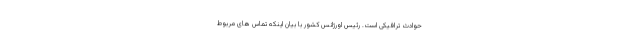
حوادث ترافیکی است. رئیس اورژانس کشور با بیان اینکه تماس های مربوط